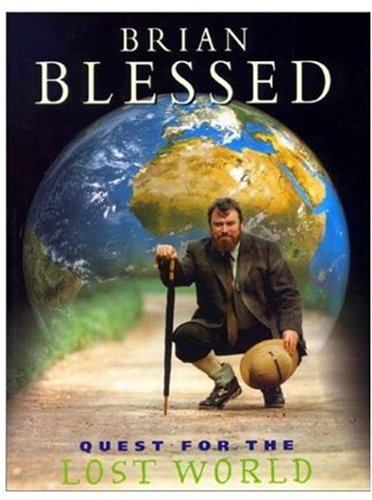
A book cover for Quest for the Lost World; Brian Blessed; Travel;